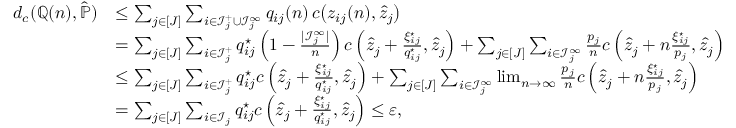
\begin{array} { r l } { d _ { c } ( \mathbb Q ( n ) , \widehat { \mathbb P } ) } & { \leq \sum _ { j \in [ J ] } \sum _ { i \in \mathcal I _ { j } ^ { + } \cup \mathcal I _ { j } ^ { \infty } } q _ { i j } ( n ) \, c \big ( z _ { i j } ( n ) , \widehat z _ { j } \big ) } \\ & { = \sum _ { j \in [ J ] } \sum _ { i \in \mathcal I _ { j } ^ { + } } q _ { i j } ^ { \star } \left( 1 - \frac { | \mathcal I _ { j } ^ { \infty } | } { n } \right) c \left( \widehat z _ { j } + \frac { \xi _ { i j } ^ { \star } } { q _ { i j } ^ { \star } } , \widehat z _ { j } \right) + \sum _ { j \in [ J ] } \sum _ { i \in \mathcal I _ { j } ^ { \infty } } \frac { p _ { j } } { n } c \left( \widehat z _ { j } + n \frac { \xi _ { i j } ^ { \star } } { p _ { j } } , \widehat z _ { j } \right) } \\ & { \leq \sum _ { j \in [ J ] } \sum _ { i \in \mathcal I _ { j } ^ { + } } q _ { i j } ^ { \star } c \left( \widehat z _ { j } + \frac { \xi _ { i j } ^ { \star } } { q _ { i j } ^ { \star } } , \widehat z _ { j } \right) + \sum _ { j \in [ J ] } \sum _ { i \in \mathcal I _ { j } ^ { \infty } } \operatorname* { l i m } _ { n \to \infty } \frac { p _ { j } } { n } c \left( \widehat z _ { j } + n \frac { \xi _ { i j } ^ { \star } } { p _ { j } } , \widehat z _ { j } \right) } \\ & { = \sum _ { j \in [ J ] } \sum _ { i \in \mathcal I _ { j } } q _ { i j } ^ { \star } c \left( \widehat z _ { j } + \frac { \xi _ { i j } ^ { \star } } { q _ { i j } ^ { \star } } , \widehat z _ { j } \right) \leq \varepsilon , } \end{array}